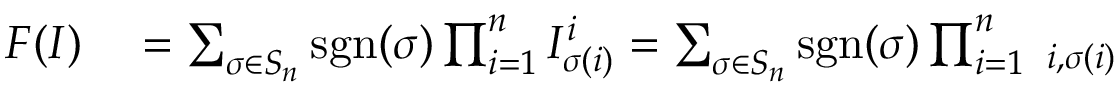
\begin{array} { r l } { F ( I ) } & { { } = \sum _ { \sigma \in S _ { n } } \operatorname { s g n } ( \sigma ) \prod _ { i = 1 } ^ { n } I _ { \sigma ( i ) } ^ { i } = \sum _ { \sigma \in S _ { n } } \operatorname { s g n } ( \sigma ) \prod _ { i = 1 } ^ { n } \operatorname { \delta } _ { i , \sigma ( i ) } } \end{array}